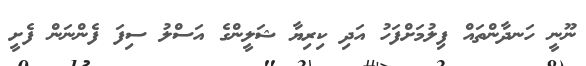
ނޫނީ ހަނދާންތައް ފިލުމަށްފަހު އަދި ކިރިޔާ ޝަލީންގެ އަސްލު ސިފަ ފެންނަން ފެށީ